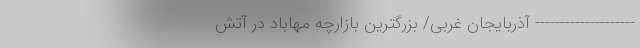
-------------------- آذربایجان غربی/ بزرگترین بازارچه مهاباد در آتش